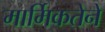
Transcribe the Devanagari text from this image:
मार्मिकतेने